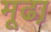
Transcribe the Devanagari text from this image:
मूढा़